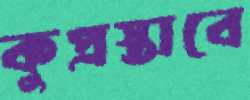
কুপ্রস্তাবে